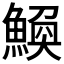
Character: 𫙪